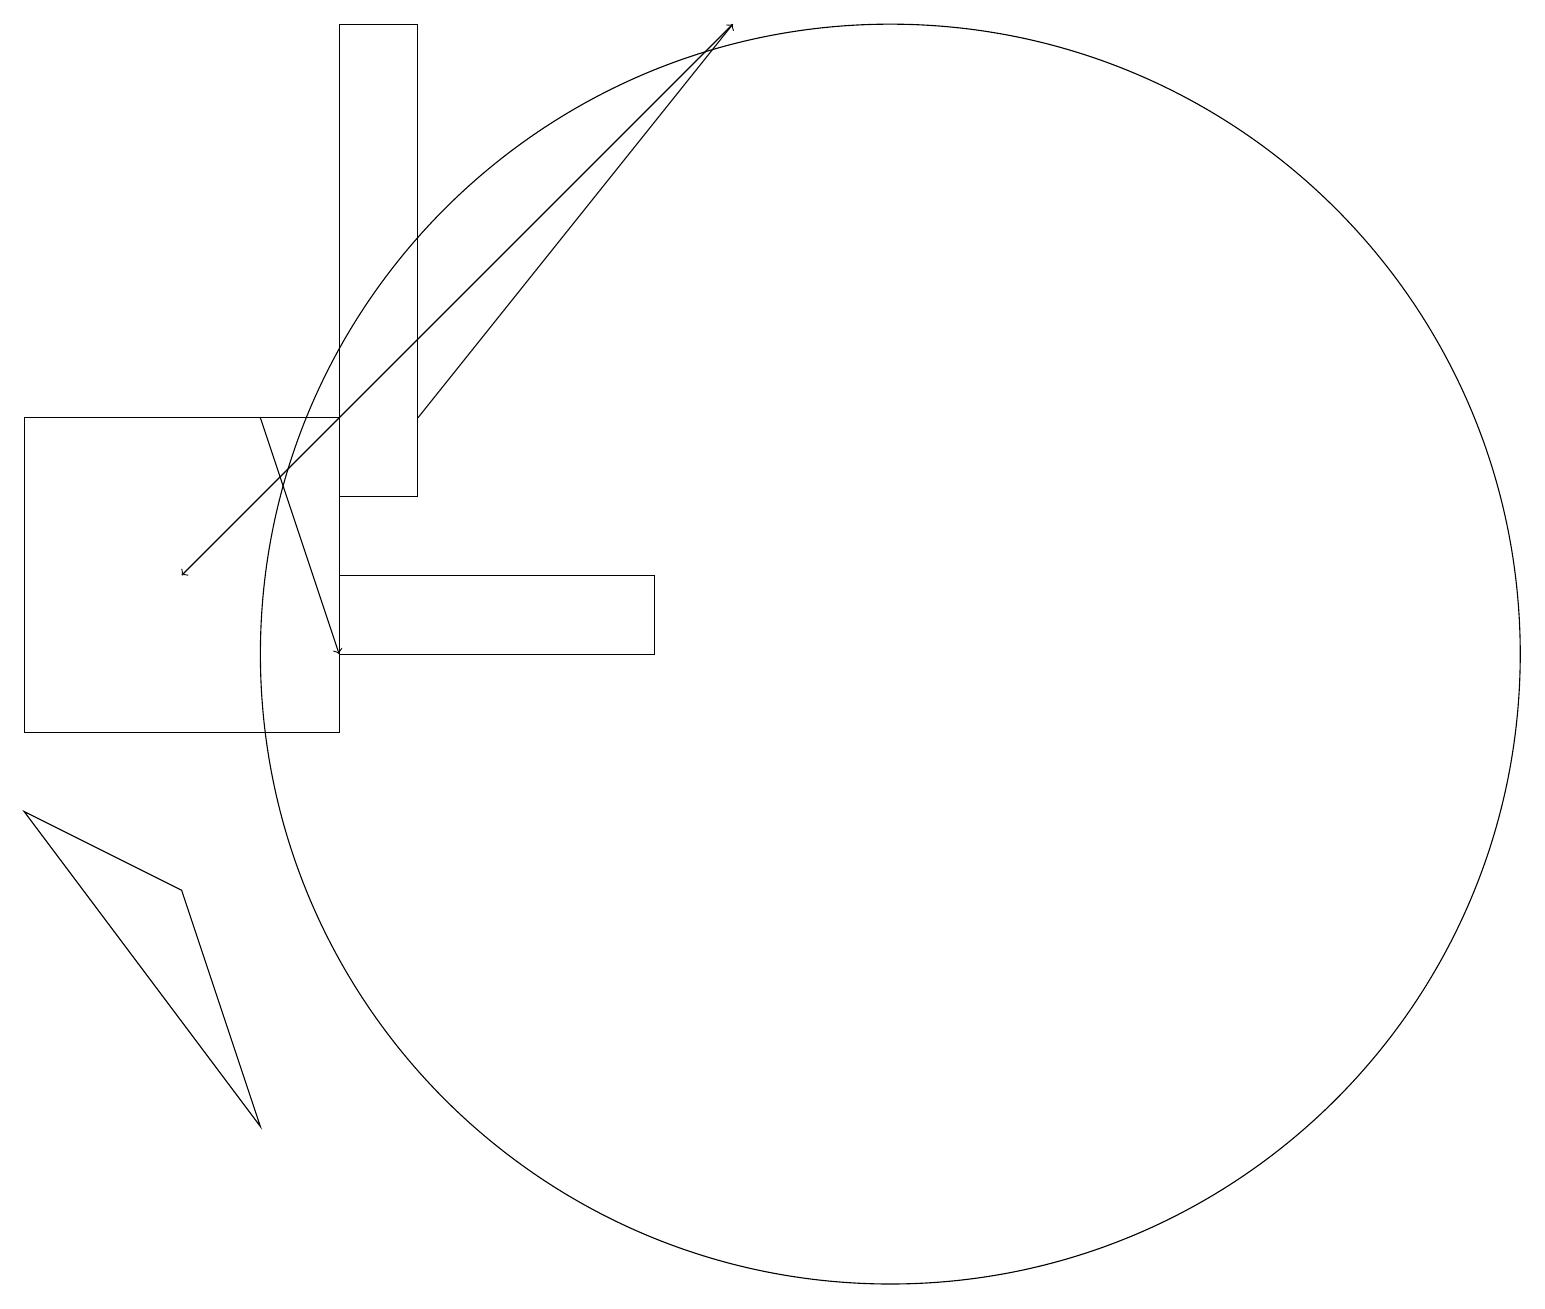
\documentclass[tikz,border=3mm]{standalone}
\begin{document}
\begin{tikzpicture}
\draw[->] (5,14) -- (9,19);
\draw (5,19) rectangle (4,13);
\draw[->] (9,19) -- (2,12);
\draw (4,10) rectangle (0,14);
\draw (0,9) -- (3,5) -- (2,8) -- cycle;
\draw (11,11) circle (8);
\draw (4,12) rectangle (8,11);
\draw[->] (3,14) -- (4,11);
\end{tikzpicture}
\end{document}